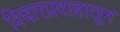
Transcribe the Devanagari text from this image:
विचारप्रवाहातून